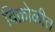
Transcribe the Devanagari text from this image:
विक्रोळीत